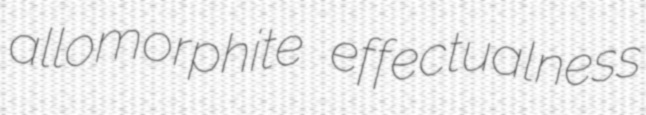
allomorphite effectualness